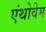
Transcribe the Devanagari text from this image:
एंथोवेम